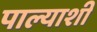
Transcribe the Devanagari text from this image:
पाल्याशी